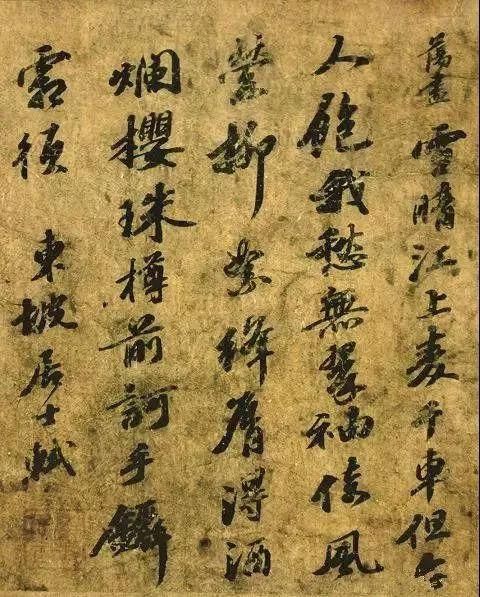
万顷风涛不记苏。雪晴江上麦千车。